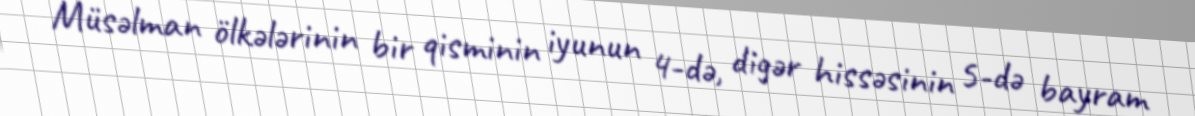
Müsəlman ölkələrinin bir qisminin iyunun 4-də, digər hissəsinin 5-də bayram